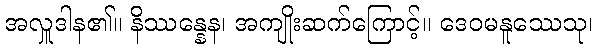
အလှူဒါန၏။ နိဿန္နေန၊ အကျိုးဆက်ကြောင့်။ ဒေဝမနူဿေသု၊